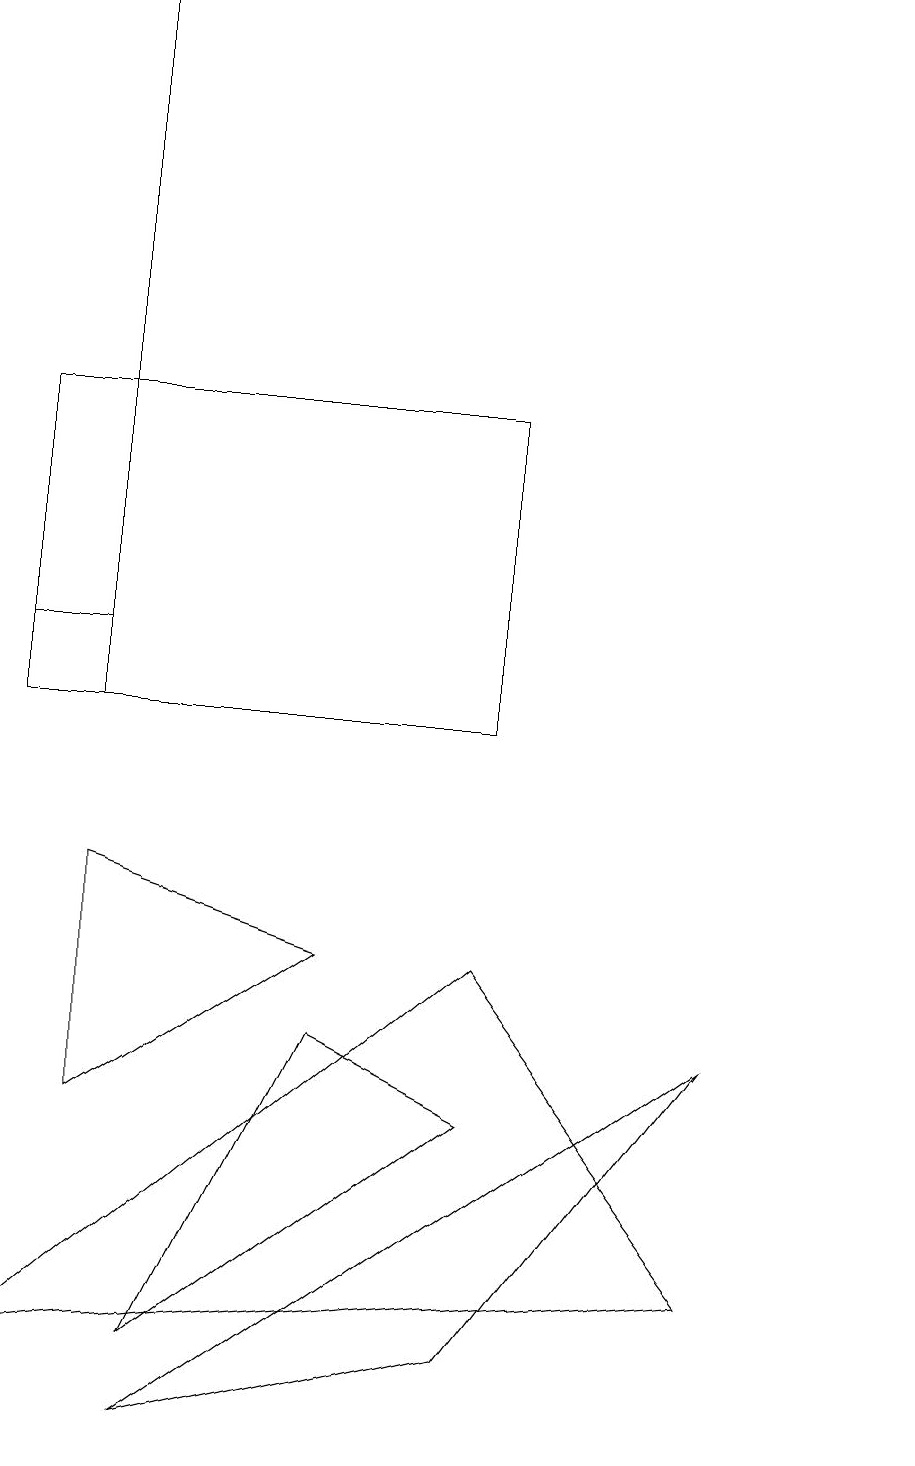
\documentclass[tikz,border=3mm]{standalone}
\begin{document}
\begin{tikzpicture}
\draw (0,11) rectangle (1,11);
\draw (6,10) rectangle (0,14);
\draw (1,10) rectangle (1,19);
\draw (6,7) -- (9,3) -- (0,2) -- cycle;
\draw (6,5) -- (4,6) -- (2,2) -- cycle;
\draw (2,1) -- (9,6) -- (6,2) -- cycle;
\draw (1,5) -- (4,7) -- (1,8) -- cycle;
\draw (11,10) circle (0);
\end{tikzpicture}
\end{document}